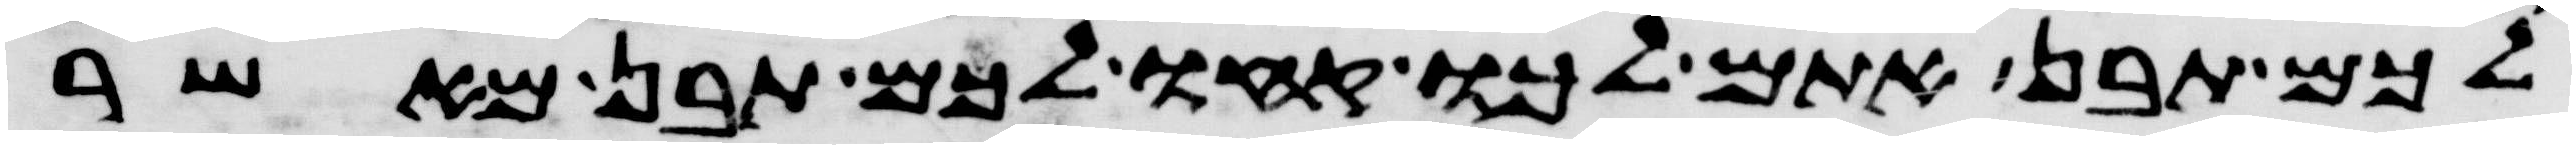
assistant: לכם תבן אתם לכו קחו לכם תבן מאשר